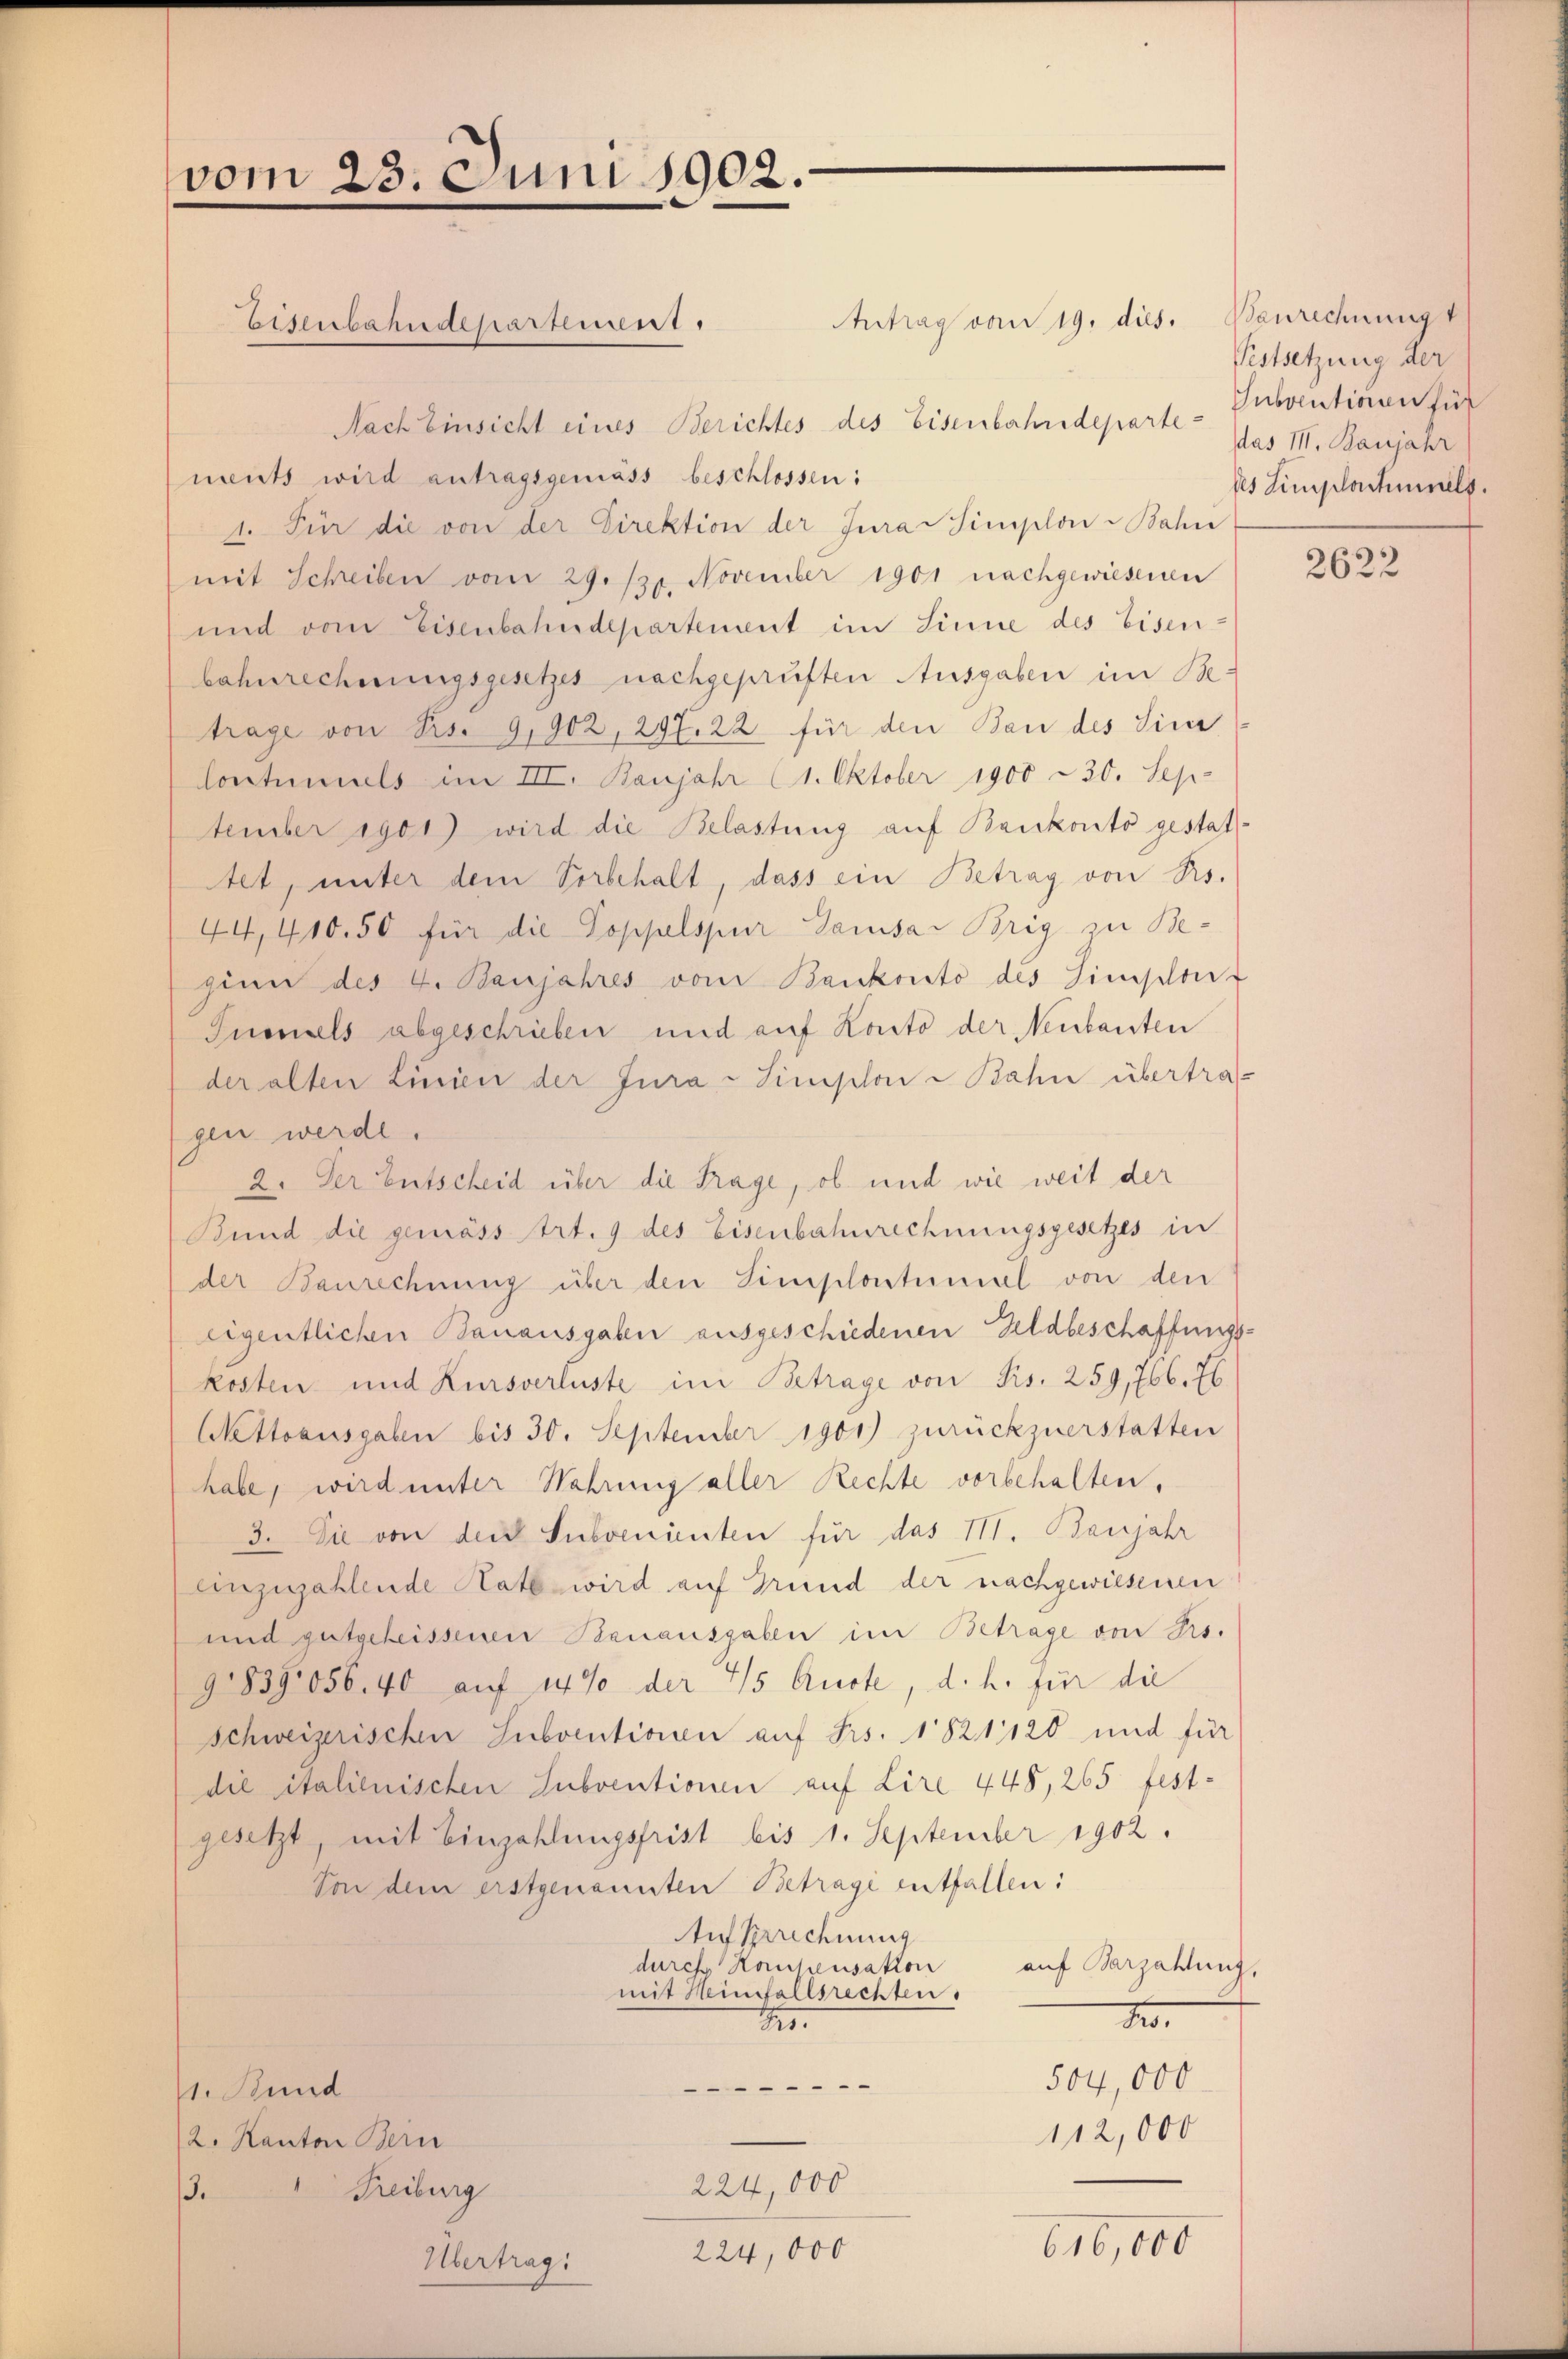
vom

23. Juni 1902.

Eisenbahndepartement.

Antrag vom 19. dies. Baurechnung
Nach Einsicht eines Berichtes des Eisenbahndeparte - Subventionen für
ments wird antragsgemäss beschlossen:
1. Für die von der Direktion der Jura-Simplon Bahn
mit Schreiben vom 29./30. November 1901 nachgewiesenen
und vom Eisenbahndepartement im Sinne des Eisen-
bahnrechnungsgesetzes nachgeprüften Ausgaben im Be-
trage von Frs. 9,902, 297. 22 für den Bau des Sin
Coutumiels im III. Banjahr (1. Oktober 1900 - 30. Sep
tember egot) wird die Belastung auf Bankonto gestattet, unter dem Vorbehalt, dass ein Betrag von Rs.
44,410.50 für die Poppelspur Samsar Brig zu Beginn des 4. Banjahres vom Bankonto des Simploi
Tunnels abgeschrieben und auf Konto der Neubauten
der alten Linien der Jura - Simplon Bahn übertragen werde.
2. Der Entscheid über die Frage, ob und wie weit der
Bund die gemäss trt. 9 des Eisenbahnrechnungsgesetzes in
der Baurechnung über den Simplontumal von den
eigentlichen Banausgaben ausgeschiedenen Geldbeschaffungskosten und Kursverluste im Betrage von Rs. 259, 766. 76
Nettoausgaben bis 30. September 1901) zurückzuerstatten
habe, wird unter Wahrung aller Rechte vorbehalten.
3. Sie von der Subvenienten für das III. Banjahr
einzuzahlende Rate wird auf Grund der nachgewiesenen
und gutgeheissenen Banausgaben im Betrage von Frs.
9839056. 40 auf 14 % der 45 Auste, d. h. für die
Schweizerischen Subventionen auf Frs. 1821120 und für
die italienischen Subventionen auf Lire 448, 265 fest-
gesetzt, mit Einzahlungsfrist bis 1. September 1902.
Von dem erstgenannten Betrage entfallen:
Auf Berechnung
durch Hauchensation
auf Barzahlung,
mit Heinfallsrechten.
No.
.
504,000
.
1. Stund
112,000
2. Kanton Bern
.
224,000
Freiburg
3.
616,000
224,000
Übertrag:

Pestsetzung der
das III. Banjahr
des Simplestimmels.

2622